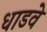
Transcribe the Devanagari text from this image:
धाडवे